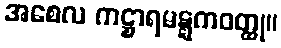
အစေလ ကဋ္ဌာရမဋ္ဋကဝတ္ထု။